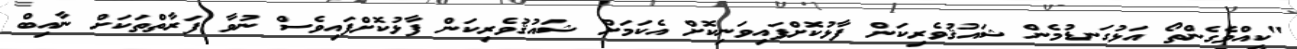
"ކީއްވެގެންތޯ އަޅުގަނޑުމެން ޝައުޤުވެރިކަން ފާޅުކޮށްފައިވަނިކޮށް އެކަމަށް ޝައުޤުވެރިކަން ފާޅުކޮށްފައިވެސް ނުވާ ފަރާތްތަކަށް ނާއިބް